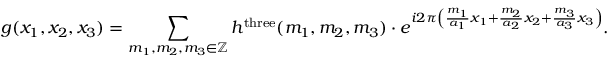
g ( x _ { 1 } , x _ { 2 } , x _ { 3 } ) = \sum _ { m _ { 1 } , m _ { 2 } , m _ { 3 } \in \mathbb { Z } } h ^ { \mathrm { t h r e e } } ( m _ { 1 } , m _ { 2 } , m _ { 3 } ) \cdot e ^ { i 2 \pi \left( { \frac { m _ { 1 } } { a _ { 1 } } } x _ { 1 } + { \frac { m _ { 2 } } { a _ { 2 } } } x _ { 2 } + { \frac { m _ { 3 } } { a _ { 3 } } } x _ { 3 } \right) } .